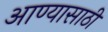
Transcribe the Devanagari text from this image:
आण्यासाठी